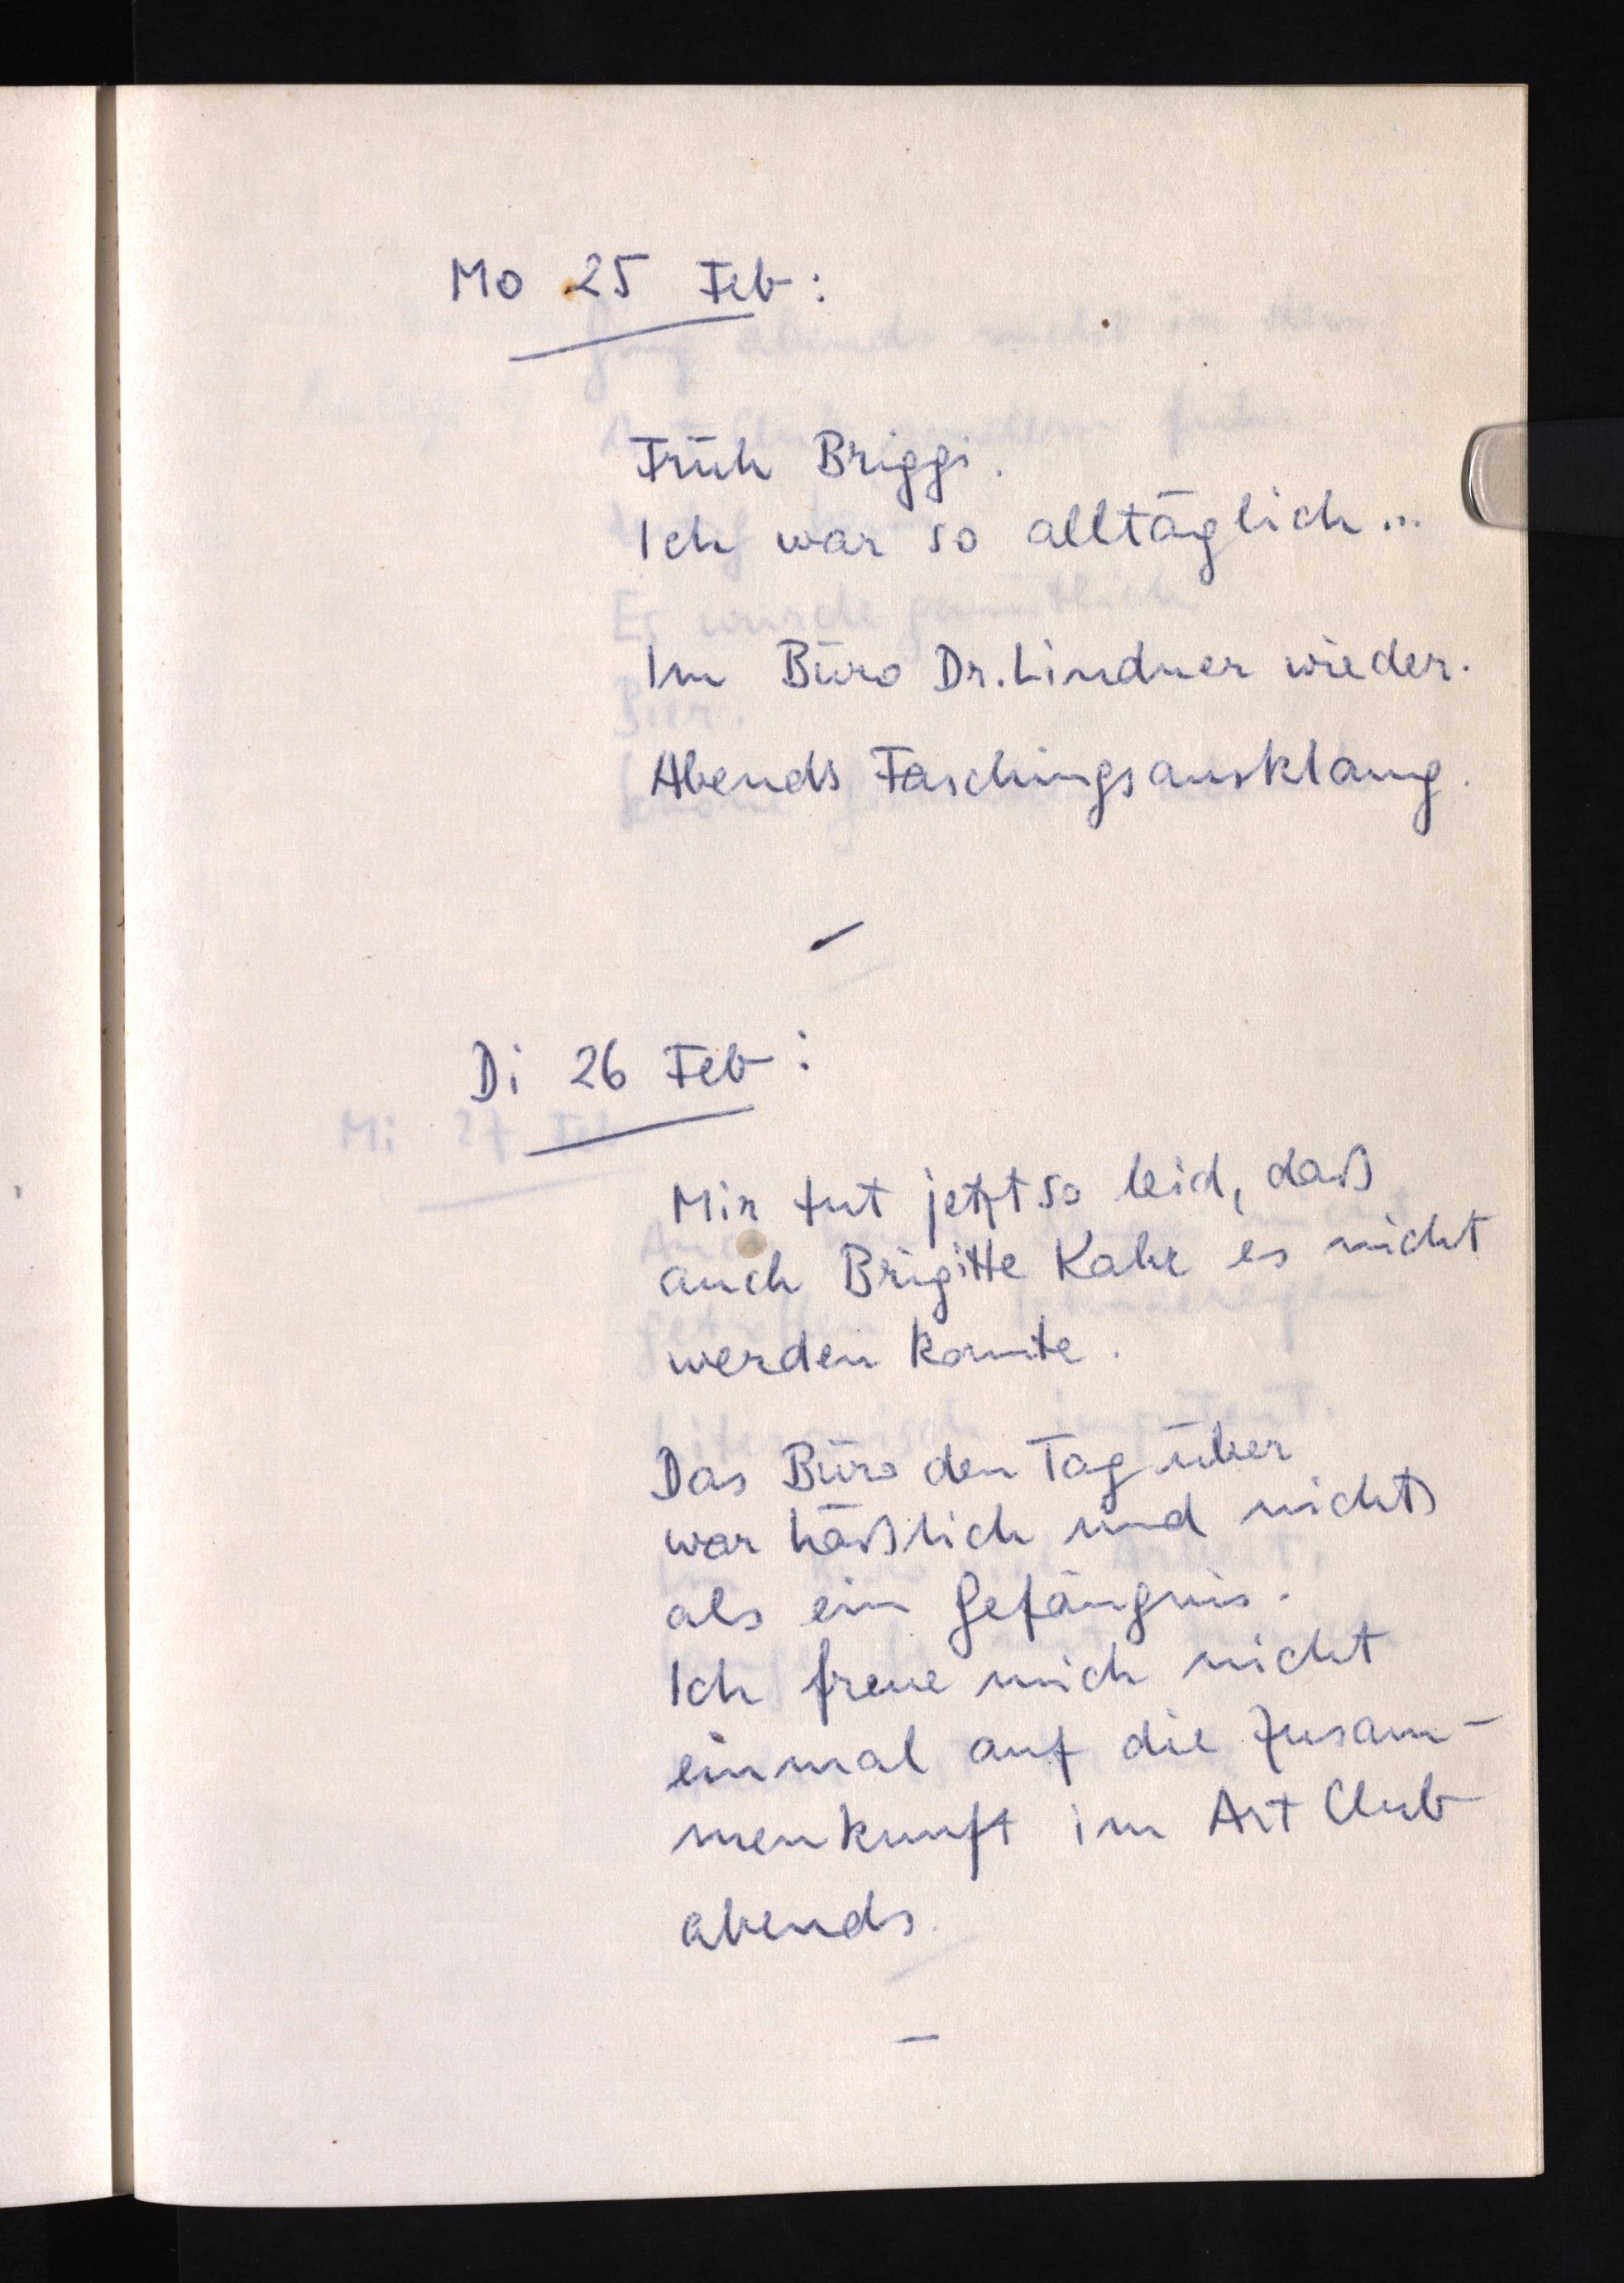
Mo 25 Feb:
Früh Briggi.
Ich war so alltäglich ...
Im Büro Dr. Lindner wieder.
Abends Faschingsausklang.
Di 26 Feb:
Mir tut jetzt so leid, daß
auch Brigitte Kahr es nicht
werden konnte.
Das Büro den Tag über
war häßlich und nichts
als ein Gefängnis.
Ich freue mich nicht
einmal auf die Zusam¬
menkunft im Art Club
abends.